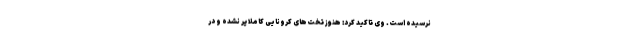
نرسیده است. وی تاکید کرد: هنوز تخت‌های کرونایی کاملا پر نشده و در